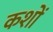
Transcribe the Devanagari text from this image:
कशों